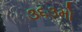
૩૬૩મો